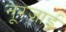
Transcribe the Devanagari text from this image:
नूरज़ाई